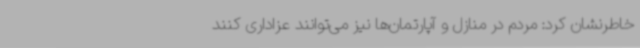
خاطرنشان کرد: مردم در منازل و آپارتمان‌ها نیز می‌توانند عزاداری کنند